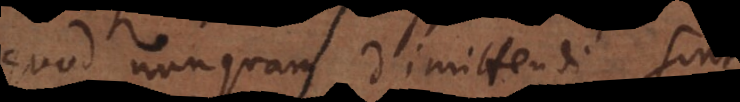
quod nunquam dimittendi sint,